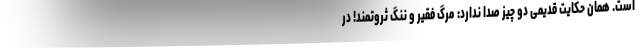
است. همان حکایت قدیمیِ دو چیز صدا ندارد: مرگ فقیر و ننگ ثروتمند! در